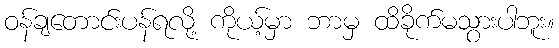
ဝန်ချတောင်းပန်ရလို့ ကိုယ့်မှာ ဘာမှ ထိခိုက်မသွားပါဘူး။